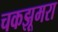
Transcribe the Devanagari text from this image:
चकझूमरा